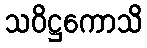
သဝိဋ္ဌကောသိ